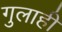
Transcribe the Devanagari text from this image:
गुलाही